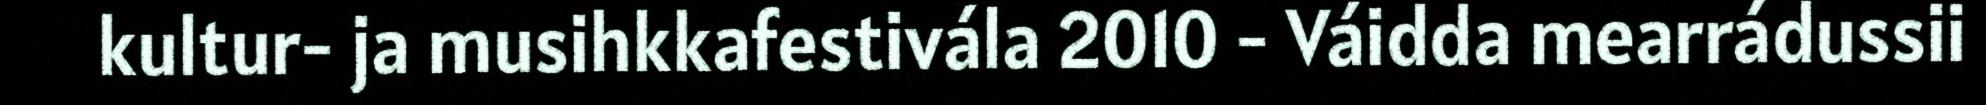
kultur- ja musihkkafestivála 2010 - Váidda mearrádussii